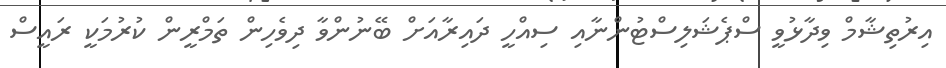
އިރުތިޝާމް ވިދާޅުވީ ސްޕެޝަލިސްޓުންނާއި ސިއްހީ ދައިރާއަށް ބޭނުންވާ ދިވެހިން ތަމްރީން ކުރުމަކީ ރައީސް